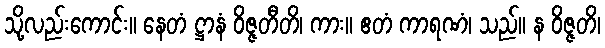
သို့လည်းကောင်း။ နေတံ ဋ္ဌာနံ ဝိဇ္ဇတီတိ၊ ကား။ ဧတံ ကာရဏံ၊ သည်။ န ဝိဇ္ဇတိ၊